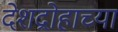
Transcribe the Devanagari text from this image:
देशद्रोहाच्या